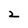
Character: 2